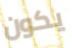
يكون